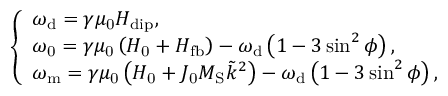
\left\{ \begin{array} { l } { \omega _ { \mathrm { d } } = \gamma \mu _ { \mathrm { 0 } } H _ { \mathrm { d i p } } , } \\ { \omega _ { \mathrm { 0 } } = \gamma \mu _ { \mathrm { 0 } } \left( H _ { \mathrm { 0 } } + H _ { \mathrm { f b } } \right) - \omega _ { \mathrm { d } } \left( 1 - 3 \sin ^ { 2 } { \phi } \right) , } \\ { \omega _ { \mathrm { m } } = \gamma \mu _ { \mathrm { 0 } } \left( H _ { \mathrm { 0 } } + J _ { \mathrm { 0 } } M _ { \mathrm { S } } \tilde { k } ^ { 2 } \right) - \omega _ { \mathrm { d } } \left( 1 - 3 \sin ^ { 2 } { \phi } \right) , } \end{array} \right.